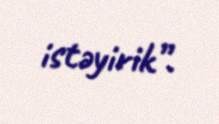
istəyirik”.